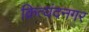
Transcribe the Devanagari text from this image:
क्रित्यंदनगर